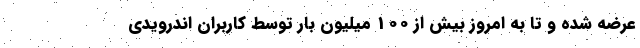
عرضه شده و تا به امروز بیش از 100 میلیون بار توسط کاربران اندرویدی